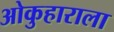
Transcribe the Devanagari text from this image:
ओकुहाराला